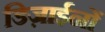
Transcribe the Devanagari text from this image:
डिज़ाईनों